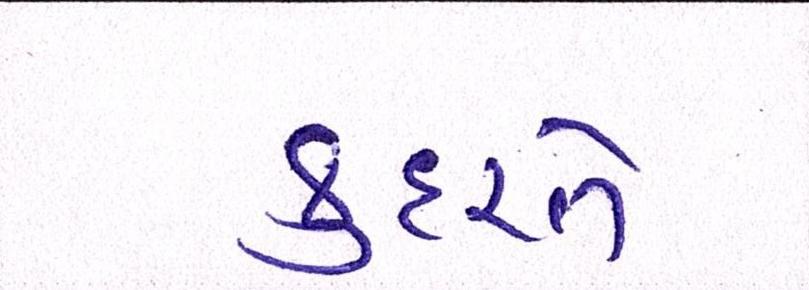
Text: કુદરતે